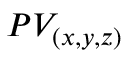
P V _ { ( x , y , z ) }